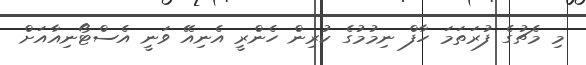
މި މެޗުގެ ފުރަތަމަ ހާފް ނިމުމުގެ ކުރިން ހެންރީ އެނިއޭ ވަނީ އެސްޓޯނިއާއަށް